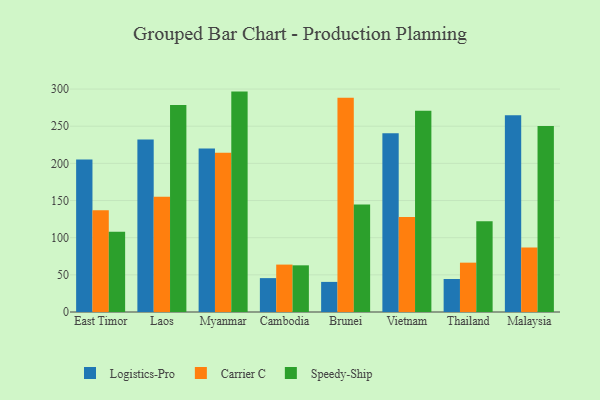
{"axis": {"x": "Country", "y": "Waste Production (Tons)"}, "legend": ["Carrier C", "Logistics-Pro", "Speedy-Ship"], "data": [{"x": "East Timor", "y": 205.2, "type": "Logistics-Pro"}, {"x": "East Timor", "y": 136.8, "type": "Carrier C"}, {"x": "East Timor", "y": 108.1, "type": "Speedy-Ship"}, {"x": "Laos", "y": 232.2, "type": "Logistics-Pro"}, {"x": "Laos", "y": 155.1, "type": "Carrier C"}, {"x": "Laos", "y": 278.5, "type": "Speedy-Ship"}, {"x": "Myanmar", "y": 220.0, "type": "Logistics-Pro"}, {"x": "Myanmar", "y": 214.2, "type": "Carrier C"}, {"x": "Myanmar", "y": 296.6, "type": "Speedy-Ship"}, {"x": "Cambodia", "y": 45.6, "type": "Logistics-Pro"}, {"x": "Cambodia", "y": 63.8, "type": "Carrier C"}, {"x": "Cambodia", "y": 62.8, "type": "Speedy-Ship"}, {"x": "Brunei", "y": 40.5, "type": "Logistics-Pro"}, {"x": "Brunei", "y": 288.2, "type": "Carrier C"}, {"x": "Brunei", "y": 144.8, "type": "Speedy-Ship"}, {"x": "Vietnam", "y": 240.6, "type": "Logistics-Pro"}, {"x": "Vietnam", "y": 127.7, "type": "Carrier C"}, {"x": "Vietnam", "y": 270.8, "type": "Speedy-Ship"}, {"x": "Thailand", "y": 44.4, "type": "Logistics-Pro"}, {"x": "Thailand", "y": 66.4, "type": "Carrier C"}, {"x": "Thailand", "y": 122.2, "type": "Speedy-Ship"}, {"x": "Malaysia", "y": 264.9, "type": "Logistics-Pro"}, {"x": "Malaysia", "y": 86.8, "type": "Carrier C"}, {"x": "Malaysia", "y": 250.2, "type": "Speedy-Ship"}]}